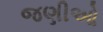
જણીઓ